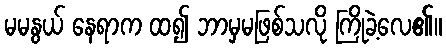
မမနွယ် နေရာက ထ၍ ဘာမှမဖြစ်သလို ကြိုခဲ့လေ၏။